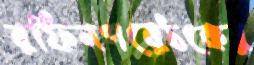
রফিনগরেঠকের